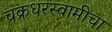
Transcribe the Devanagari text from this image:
चक्रधरस्वामींचा